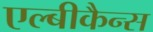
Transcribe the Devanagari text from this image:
एल्बीकैन्स